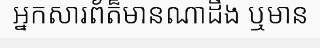
អ្នកសារព័ត៏មានណាដឹង ឬមាន